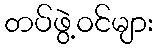
တပ်ဖွဲ့ဝင်များ